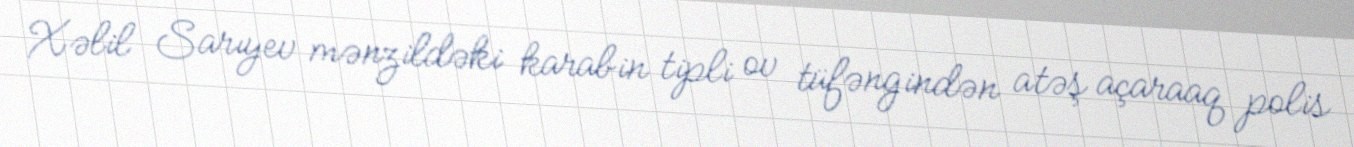
Xəlil Sarıyev mənzildəki karabin tipli ov tüfəngindən atəş açaraaq polis